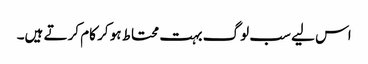
اس لیے سب لوگ بہت محتاط ہو کر کام کرتے ہیں۔